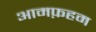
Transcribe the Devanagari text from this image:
आमफ़हम